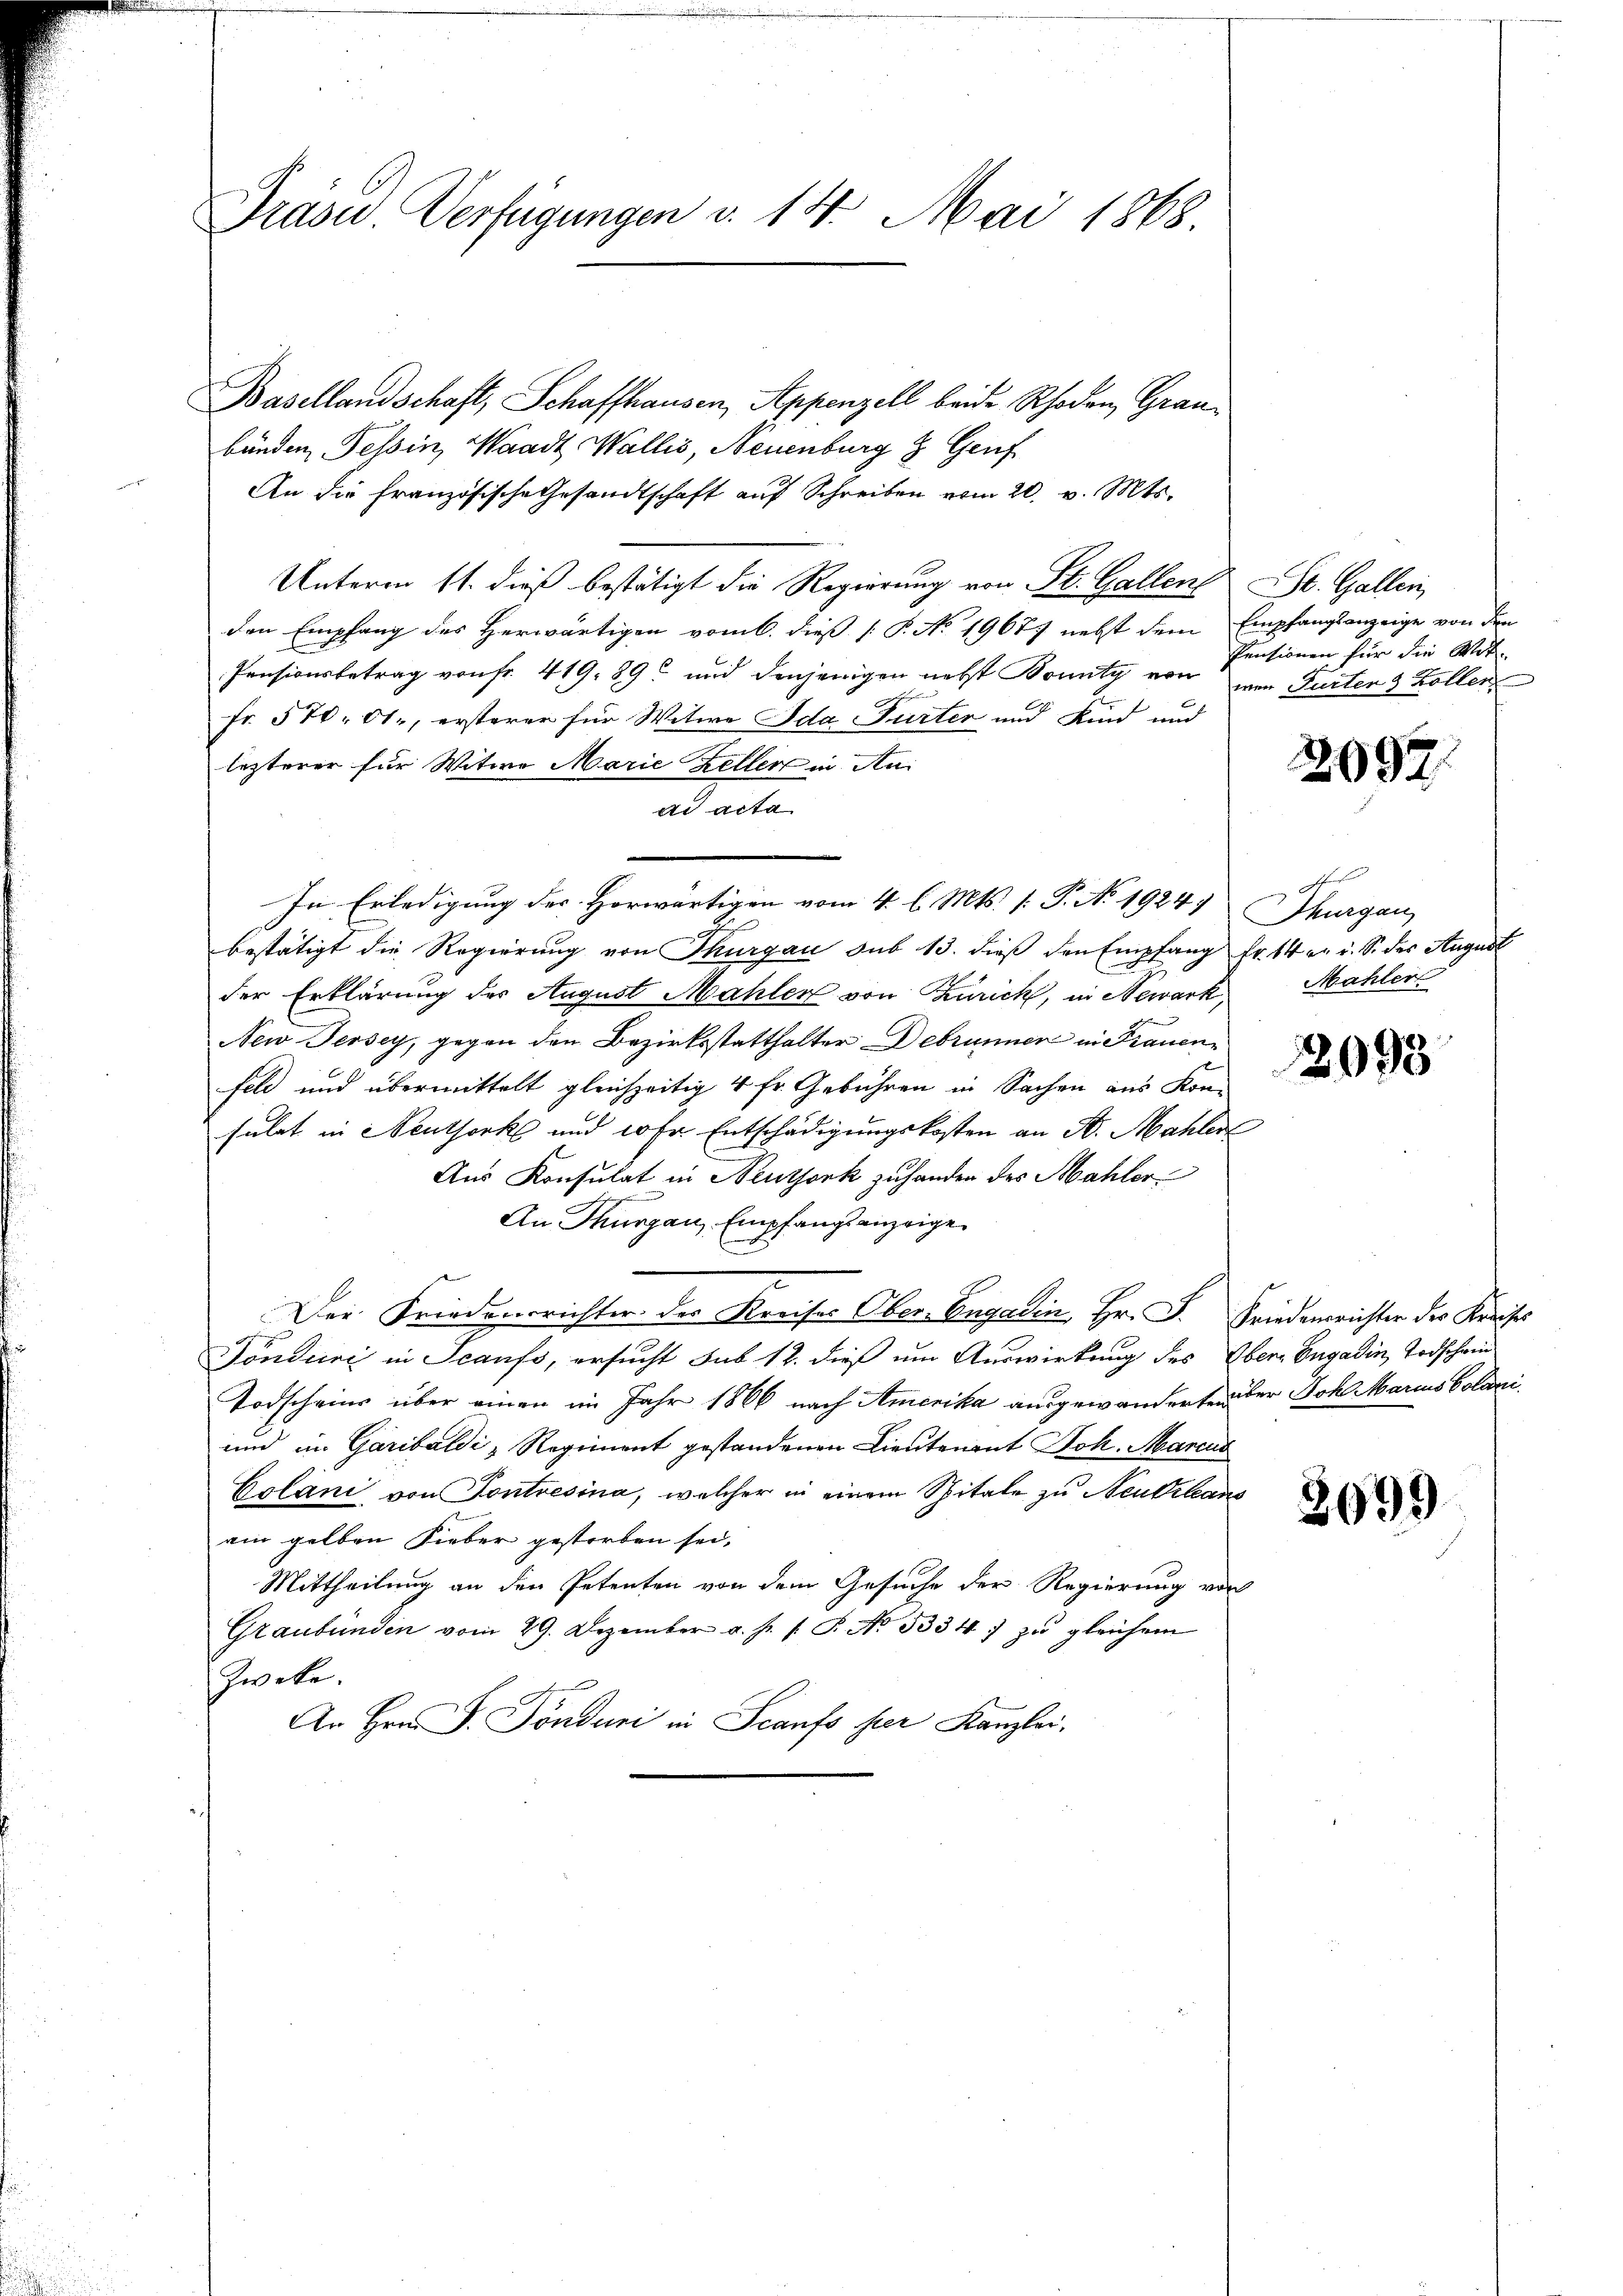
Präsid. Verfügungen v. 14. Mai 1868.

Basellandschaft, Schaffhausen, Appenzell beide Rhoden, Graubänden Tessin, Waadt Wallis, Neuenburg z. Genf
An die französische Gesandtschaft auf Schreiben vom 20. v. Mts.
Unterm 11. dieß bestätigt die Regierung von St. Gallen St. Gallen,
den Empfang des Herwärtigen vom 6. dieß P. No. 1967) nebst dem Empfangsanzeige von den
Pensionsbetrag von fr. 419. 89. und denjenigen nebst Bounty von von Furten & Zollen
Fr. 570. 61., ersterer für Witwe Ida Furter und Kind und
lezterer für Witwe Marie Zeller in An
ad acta
J
bestätigt die Regierung von Thurgau sub 13. dieß den Empfang Fr. 14 v. i. S. des August
der Erklärung der August Mahler von Zürich, in Newark,
.
New Jersey, gegen den Bezirksstatthalter Debrunner in Frauen
feld und übermittelt gleichzeitig 4 fr. Gebühren in Sachen aus Kon-
sulat in Neuthork und 10 fr. Entschädigungskosten an St. Mahler
Aus Konsulat in Neuthork zuhanden des Mahler
An Thurgau, Empfangsanzeige
Der Friedensrichter der Kreises Ober-Engadin, Hr. F. Friedensrichter des Kreises
Tönducri in Scanfs, ersucht sub 12. dieß um Auswirkung des Ober-Engadin, Todschein
Todscheins über einen im Jahr 1866 nach Amerika ausgewanderte über Joh. Marius Colari¬
und im Garibaldi - Regiment gestandenen Lieutenant Joh. Marcus
Colani von Sontresina, welcher in einem Spitale zu Neutrleans
ain gelben Fieber gestorben sei.
Mittheilung an den Petenten von dem Gesuche der Regierung von
Graubünden vom 29. Dezember a. p. s. S. No. 53347 zu gleichem
Zweke.
An Hrn. F. Tönduri in Scanfs ser Kanzlei.

In Erledigung des Horwärtigen vom 4. l. Mts. (: P. No. 1924 Thurgau,

Pensionen für die Wit

2097.

F
Mahler

2098

3699